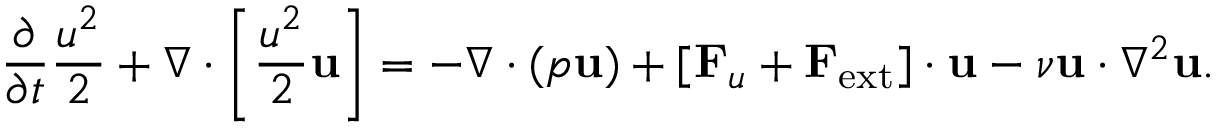
\frac { \partial } { \partial t } \frac { u ^ { 2 } } { 2 } + \nabla \cdot \left[ \frac { u ^ { 2 } } { 2 } { \bf u } \right] = - \nabla \cdot ( p { \bf u } ) + [ { \bf F } _ { u } + { \bf F } _ { \mathrm { e x t } } ] \cdot { \bf u } - \nu { \bf u } \cdot \nabla ^ { 2 } { \bf u } .